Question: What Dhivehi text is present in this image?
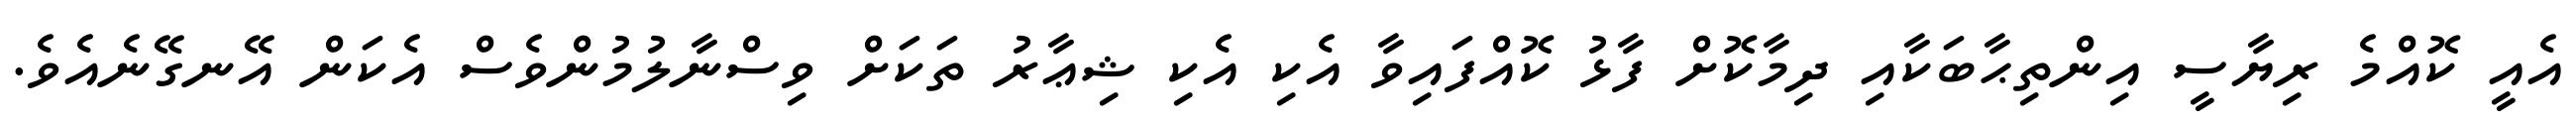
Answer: އެއީ ކޮއްމެ ރިޔާސީ އިންތިޙާބަކާއި ދިމާކޮށް ފާޅު ކޮއްފައިވާ އެކި އެކި ޝިޢާރު ތަކަށް ވިސްނާލުމުންވެސް އެކަން އޭނގޭނެއެވެ.